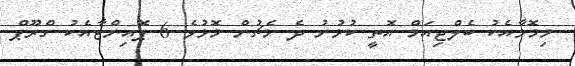
މިމޮޅާއެކު ބެލްޖިއަމް އޮތީ ކުޅުނު ދެ މެޗުން މޮޅުވެ 6 ޕޮއިންޓާއެކު ގްރޫޕް